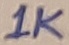
Text: 1K